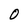
Character: 0